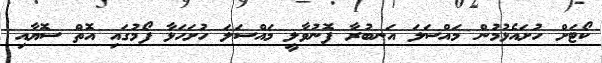
ކޯޓަށް ހުށައެޅުމުން މައްސަލަ އަނބުރާ ފޮނުވާލީ މައްސަލަ ހުށަހަޅާ ފޯމުގައި އޮތް ސޮޔާއި